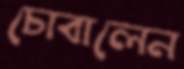
চোবালেন